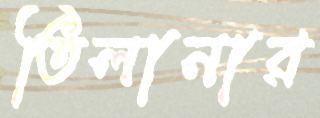
তিলানার